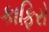
કાફિરો